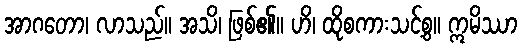
အာဂတော၊ လာသည်။ အသိ၊ ဖြစ်၏။ ဟိ၊ ထိုစကားသင့်စွ။ ဣမိဿာ